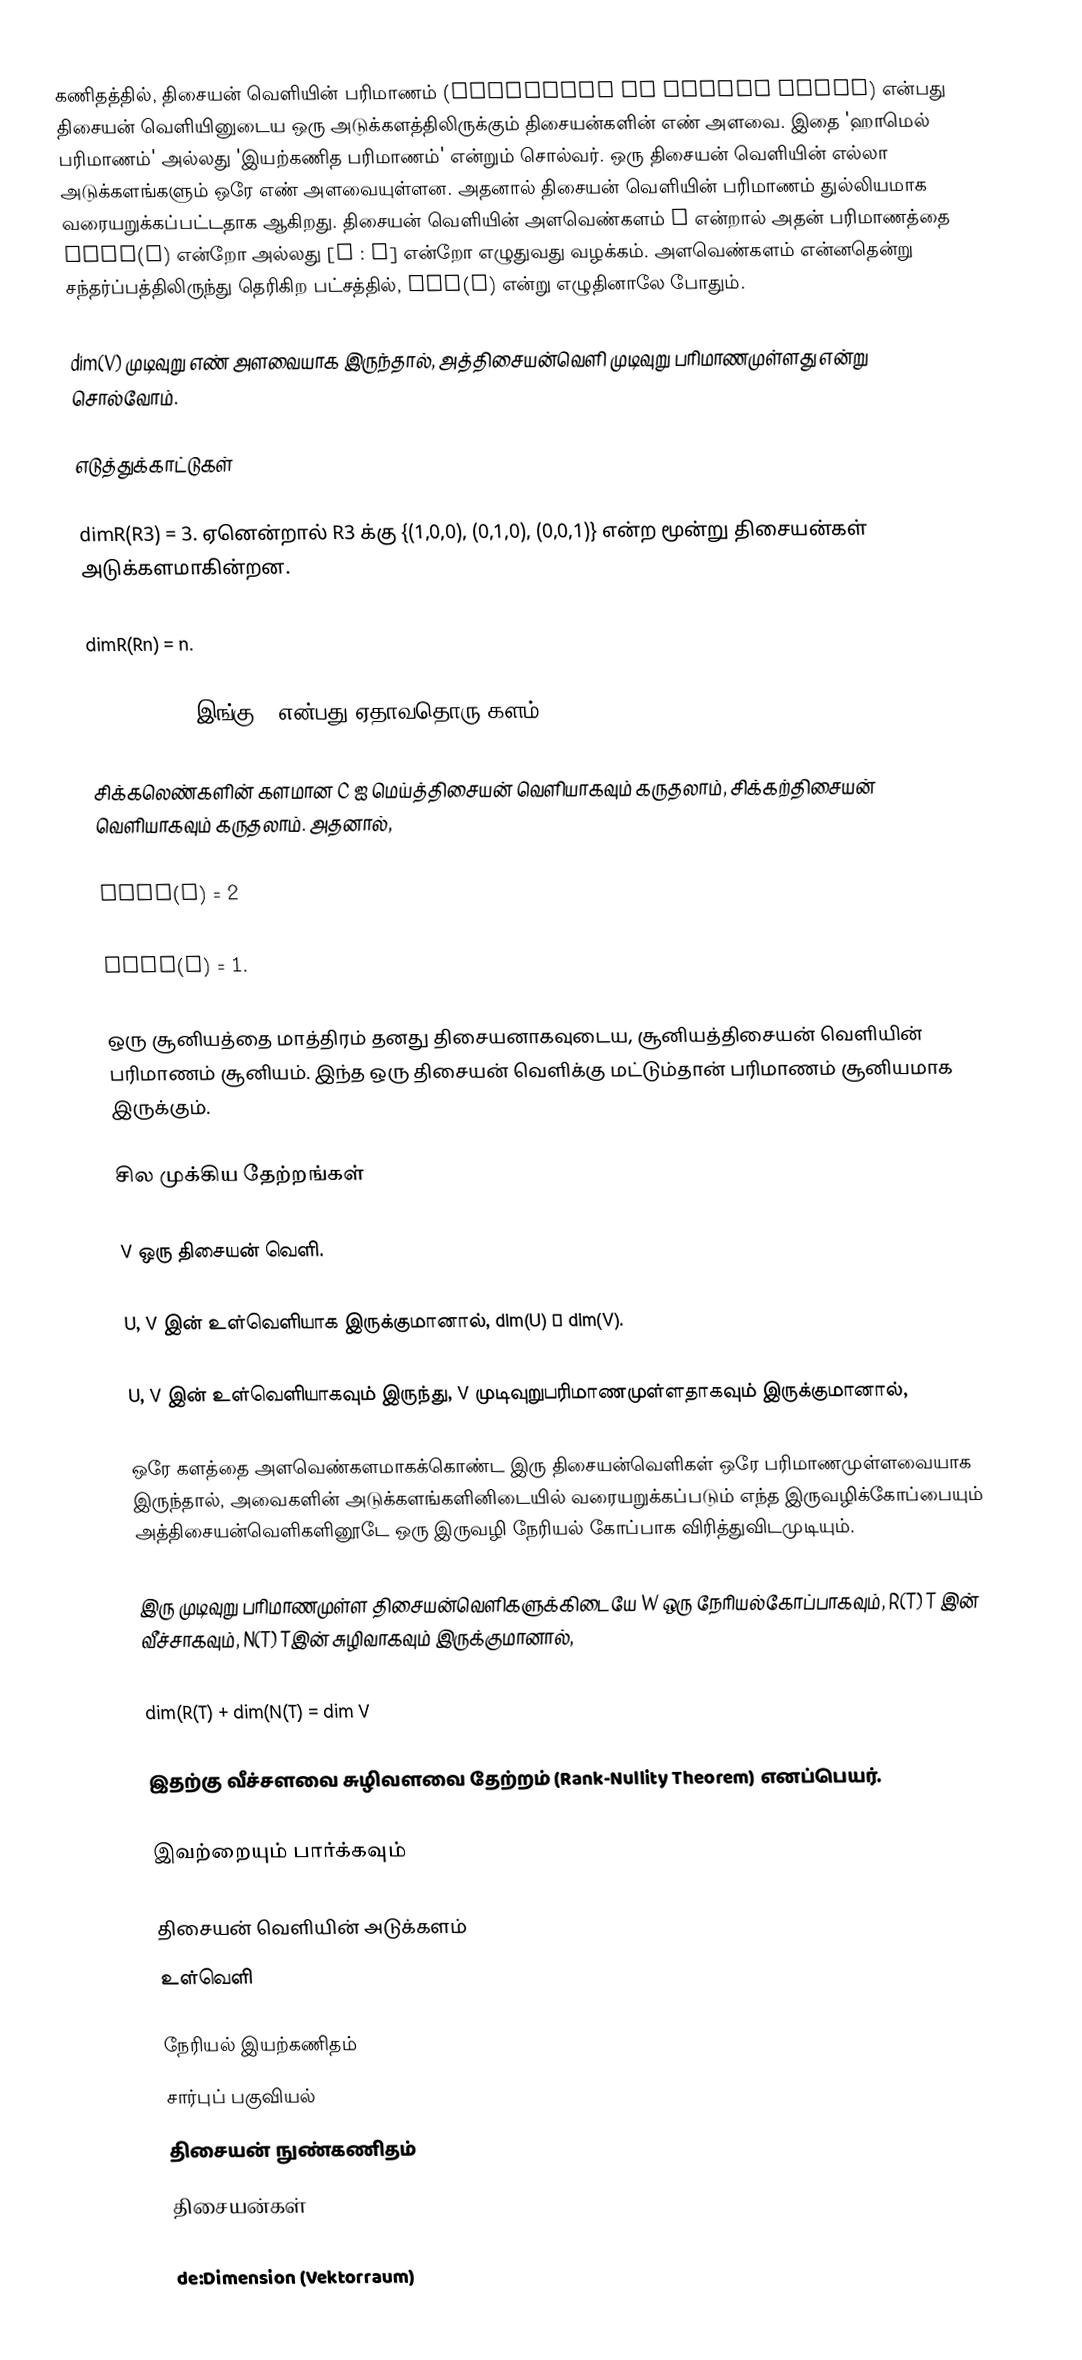
கணிதத்தில், திசையன் வெளியின் பரிமாணம் (Dimension of Vector Space) என்பது திசையன் வெளியினுடைய ஒரு அடுக்களத்திலிருக்கும் திசையன்களின் எண் அளவை. இதை 'ஹாமெல் பரிமாணம்' அல்லது 'இயற்கணித பரிமாணம்' என்றும் சொல்வர். ஒரு திசையன் வெளியின் எல்லா அடுக்களங்களும் ஒரே எண் அளவையுள்ளன. அதனால் திசையன் வெளியின் பரிமாணம் துல்லியமாக வரையறுக்கப்பட்டதாக ஆகிறது. திசையன் வெளியின் அளவெண்களம் F என்றால் அதன் பரிமாணத்தை dimF(V) என்றோ அல்லது [V : F] என்றோ எழுதுவது வழக்கம். அளவெண்களம் என்னதென்று சந்தர்ப்பத்திலிருந்து தெரிகிற பட்சத்தில், dim(V) என்று எழுதினாலே போதும்.

dim(V) முடிவுறு எண் அளவையாக இருந்தால், அத்திசையன்வெளி முடிவுறு பரிமாணமுள்ளது என்று சொல்வோம்.

எடுத்துக்காட்டுகள்

dimR(R3) = 3. ஏனென்றால் R3 க்கு {(1,0,0), (0,1,0), (0,0,1)} என்ற மூன்று திசையன்கள் அடுக்களமாகின்றன.

dimR(Rn) = n.

dimF(Fn) = n இங்கு F என்பது ஏதாவதொரு களம்.

சிக்கலெண்களின் களமான C ஐ மெய்த்திசையன் வெளியாகவும் கருதலாம், சிக்கற்திசையன் வெளியாகவும் கருதலாம். அதனால்,

dimR(C) = 2

 dimC(C) = 1.

ஒரு சூனியத்தை மாத்திரம் தனது திசையனாகவுடைய, சூனியத்திசையன் வெளியின் பரிமாணம் சூனியம். இந்த ஒரு திசையன் வெளிக்கு மட்டும்தான் பரிமாணம் சூனியமாக இருக்கும்.

சில முக்கிய தேற்றங்கள்

V ஒரு திசையன் வெளி.

 U, V இன் உள்வெளியாக இருக்குமானால், dim(U) ≤ dim(V).

 U, V இன் உள்வெளியாகவும் இருந்து, V முடிவுறுபரிமாணமுள்ளதாகவும் இருக்குமானால்,

 ஒரே களத்தை அளவெண்களமாகக்கொண்ட இரு திசையன்வெளிகள் ஒரே பரிமாணமுள்ளவையாக இருந்தால், அவைகளின் அடுக்களங்களினிடையில் வரையறுக்கப்படும் எந்த இருவழிக்கோப்பையும் அத்திசையன்வெளிகளினூடே ஒரு இருவழி நேரியல் கோப்பாக விரித்துவிடமுடியும்.

 இரு முடிவுறு பரிமாணமுள்ள திசையன்வெளிகளுக்கிடையே  W ஒரு நேரியல்கோப்பாகவும், R(T) T இன் வீச்சாகவும், N(T) Tஇன் சுழிவாகவும் இருக்குமானால்,

 dim(R(T) + dim(N(T) = dim V

இதற்கு வீச்சளவை சுழிவளவை தேற்றம் (Rank-Nullity Theorem) எனப்பெயர்.

இவற்றையும் பார்க்கவும்

 திசையன் வெளியின் அடுக்களம்
 உள்வெளி

நேரியல் இயற்கணிதம்
சார்புப் பகுவியல்
திசையன் நுண்கணிதம்
திசையன்கள்

de:Dimension (Vektorraum)